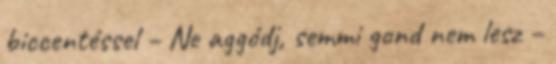
biccentéssel – Ne aggódj, semmi gond nem lesz –